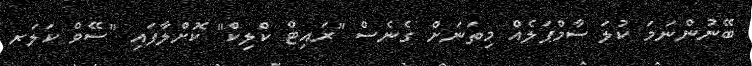
ބޭނުންނަމަ ކުލަ ސާމްޕަލެއް މިތަނަށް ގެނެސް "ރައިޓް ކްލިކް" ކޮށްލާފައި "ސޭވް ކަލަރ